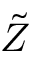
\tilde { Z }